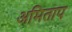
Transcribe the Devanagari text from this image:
अमिताप